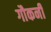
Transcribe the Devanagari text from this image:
गौकनी